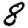
Digit: 8